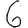
Digit: 6